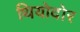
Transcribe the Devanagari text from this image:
थियोदोर